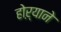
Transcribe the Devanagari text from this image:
होऱ्याने